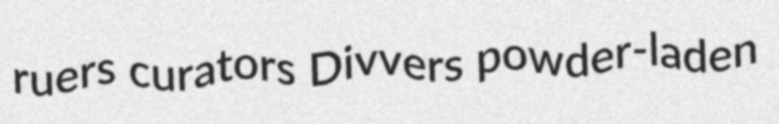
ruers curators Divvers powder-laden